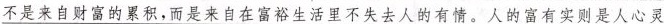
不是来自财富的累积，而是来自在富裕生活里不失去人的有情。人的富有实则是人心灵